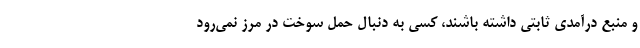
و منبع درآمدی ثابتی داشته باشند، کسی به دنبال حمل سوخت در مرز نمی‌رود